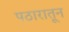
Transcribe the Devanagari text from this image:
पठारातून